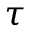
\tau